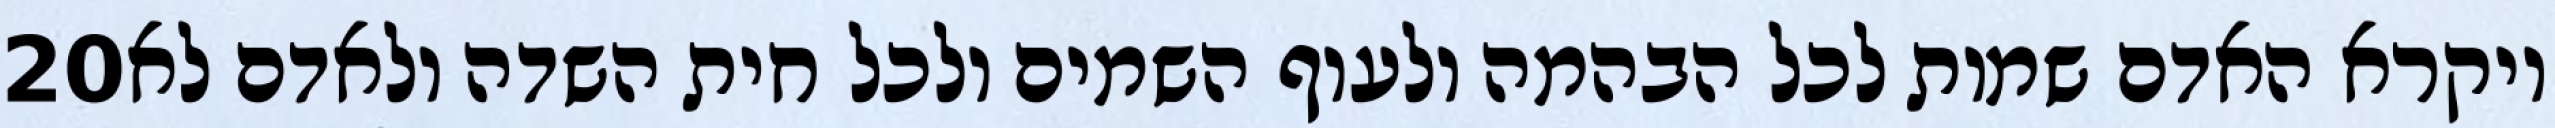
‎20‏ ויקרא האדם שמות לכל הבהמה ולעוף השמים ולכל חית השדה ולאדם לא